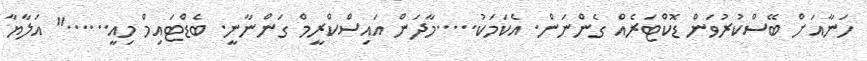
ހަނާއަށް ބޭސްކުރުވަން ޑޮކްޓަރެއް ގެންނަން. އެކަމަކު.....މާދަން އައިސްކްރީމް ގަންނާނީ. ބެޑްޓައިމް މިއީ......" އަލާޔާ